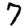
Digit: 7